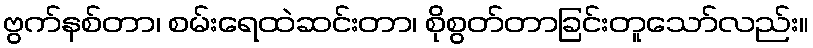
ဗွက်နစ်တာ၊ စမ်းရေထဲဆင်းတာ၊ စိုစွတ်တာခြင်းတူသော်လည်း။